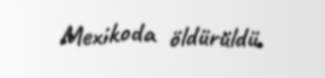
Mexikoda öldürüldü.